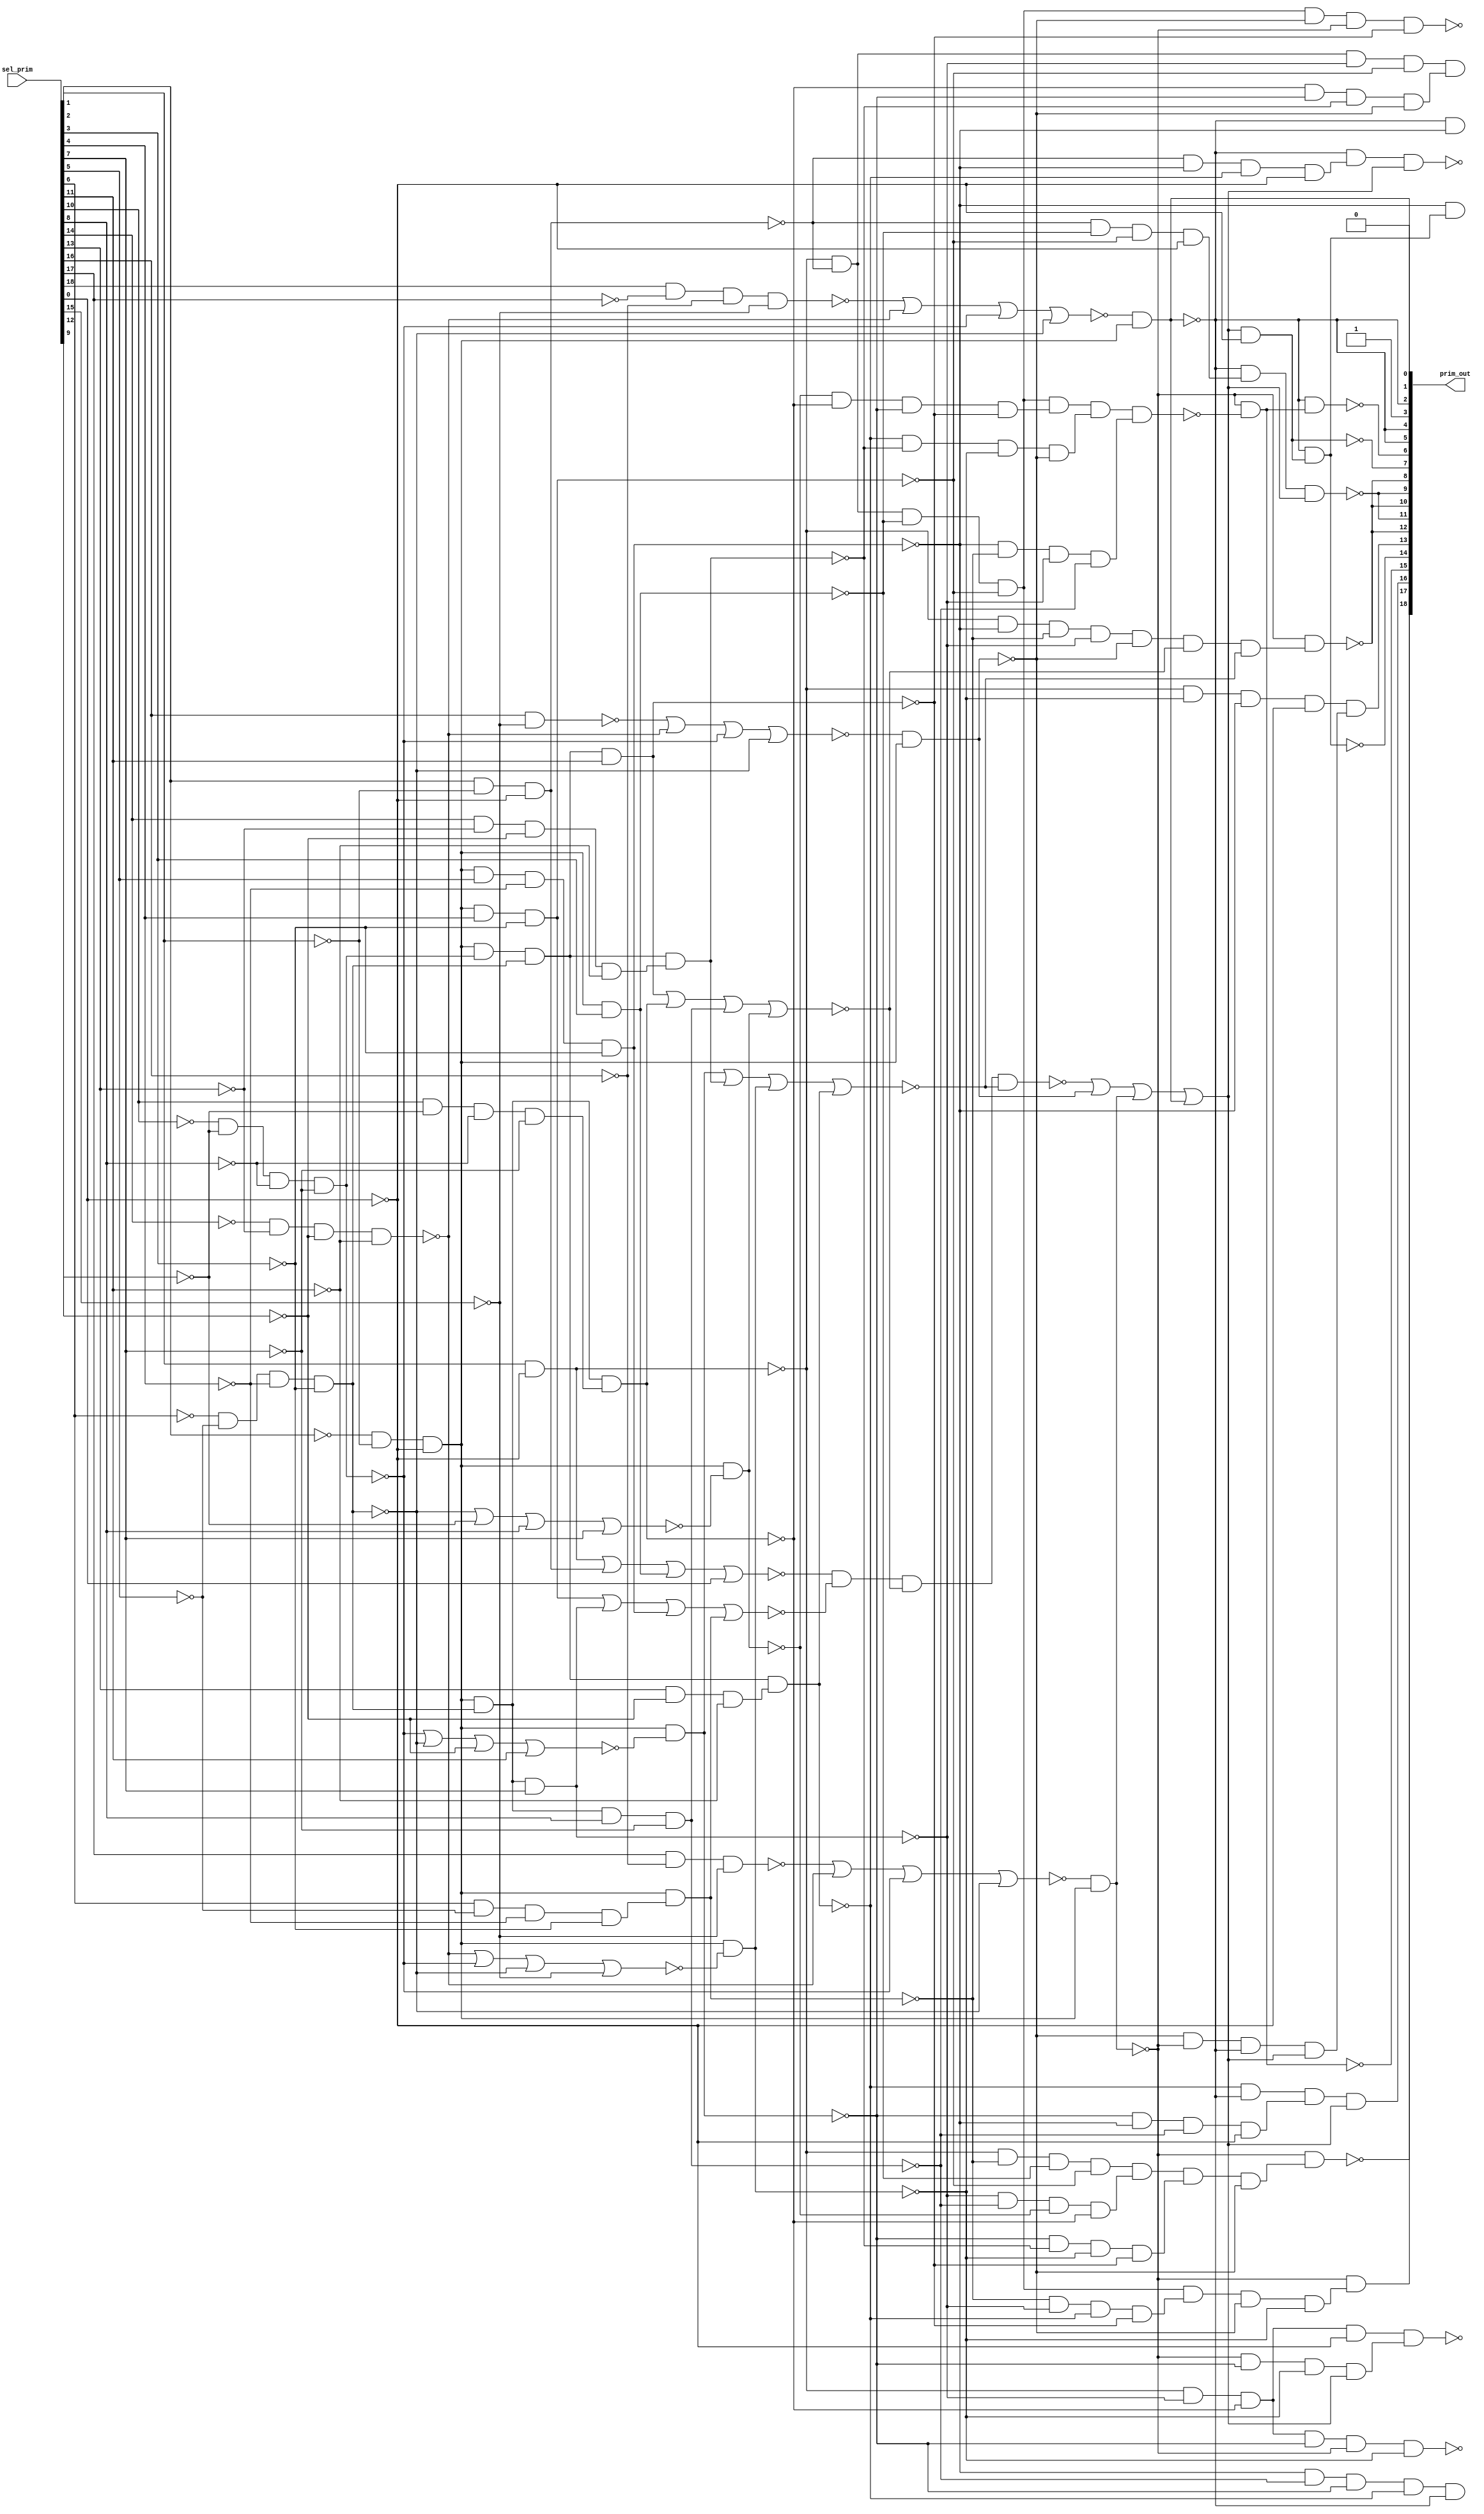

// Generated by Cadence Encounter(R) RTL Compiler RC11.10 - v11.10-p005_1

// Verification Directory fv/top 

module top(prim_out, sel_prim);
  input [18:0] sel_prim;
  output [31:0] prim_out;
  wire [18:0] sel_prim;
  wire [31:0] prim_out;
  wire ctl_sel_prim_412_12_n_205, ctl_sel_prim_412_12_n_308,
       ctl_sel_prim_412_12_n_411, ctl_sel_prim_412_12_n_442,
       ctl_sel_prim_412_12_n_467, ctl_sel_prim_412_12_n_493,
       ctl_sel_prim_412_12_n_538, n_663;
  wire n_678, n_700, n_707, n_717, n_725, n_749, n_855, n_856;
  wire n_863, n_864, n_865, n_866, n_867, n_868, n_869, n_870;
  wire n_871, n_872, n_873, n_874, n_875, n_876, n_877, n_883;
  wire n_884, n_886, n_889, n_890, n_893, n_894, n_895, n_898;
  wire n_901, n_905, n_912, n_913, n_918, n_919, n_1234, n_1256;
  wire n_1259, n_1260, n_1261, n_1262, n_1263, n_1264, n_1265, n_1266;
  wire n_1267, n_1268, n_1269, n_1270, n_1271, n_1272, n_1273, n_1274;
  wire n_1275, n_1276, n_1277, n_1278, n_1279, n_1280, n_1281, n_1282;
  wire n_1283, n_1284, n_1285, n_1286, n_1287, n_1288, n_1289, n_1290;
  wire n_1291, n_1292, n_1293, n_1294, n_1295, n_1296, n_1297, n_1298;
  wire n_1299, n_1300, n_1301, n_1302, n_1303, n_1304, n_1305, n_1306;
  wire n_1307, n_1308, n_1309, n_1310, n_1311, n_1312, n_1313, n_1314;
  wire n_1315, n_1316, n_1317, n_1318, n_1319, n_1320, n_1321, n_1322;
  wire n_1323, n_1324, n_1325, n_1326, n_1327, n_1328, n_1329, n_1330;
  wire n_1331, n_1332, n_1333, n_1334, n_1335, n_1336, n_1337, n_1338;
  wire n_1339, n_1340, n_1341, n_1342, n_1343, n_1344, n_1345, n_1346;
  wire n_1347, n_1348, n_1349, n_1350, n_1351;
  assign prim_out[0] = 1'b0;
  assign prim_out[2] = prim_out[5];
  assign prim_out[3] = 1'b1;
  assign prim_out[4] = prim_out[5];
  assign prim_out[8] = prim_out[12];
  assign prim_out[9] = prim_out[11];
  assign prim_out[10] = prim_out[12];
  assign prim_out[17] = prim_out[25];
  assign prim_out[18] = prim_out[26];
  assign prim_out[22] = prim_out[30];
  assign prim_out[23] = prim_out[31];
  not ctl_sel_prim_412_12_g171 (prim_out[1], prim_out[5]);
  nor ctl_sel_prim_412_12_g150 (ctl_sel_prim_412_12_n_493, n_1277,
       ctl_sel_prim_412_12_n_411, ctl_sel_prim_412_12_n_308,
       ctl_sel_prim_412_12_n_205);
  nand ctl_sel_prim_412_12_g177 (ctl_sel_prim_412_12_n_538, n_1284,
       n_1291, n_883, n_884);
  nor ctl_sel_prim_412_12_g134 (ctl_sel_prim_412_12_n_442, n_1309,
       ctl_sel_prim_412_12_n_411, ctl_sel_prim_412_12_n_308,
       ctl_sel_prim_412_12_n_205);
  nor ctl_sel_prim_412_12_g142 (ctl_sel_prim_412_12_n_467, n_1310,
       ctl_sel_prim_412_12_n_411, ctl_sel_prim_412_12_n_308,
       ctl_sel_prim_412_12_n_205);
  nand g424 (n_886, n_855, n_856, n_873, n_874);
  nand g427 (n_889, n_867, n_868, n_869, n_875);
  nand g428 (n_890, n_870, n_871, n_872, n_876);
  nand g429 (n_678, prim_out[5], n_863);
  nand g431 (n_893, n_855, n_864, n_873, n_874);
  nand g432 (n_894, n_865, n_866, n_867, n_868);
  nand g433 (n_895, n_869, n_871, n_872, n_875);
  nand g436 (n_898, n_864, n_865, n_870, n_875);
  nand g439 (n_901, n_863, n_866, n_869, n_870);
  nand g443 (n_905, n_855, n_865, n_868, n_869);
  nand g450 (n_912, n_863, n_864, n_865, n_866);
  nand g451 (n_913, n_855, n_863, n_864, n_865);
  nand g456 (n_918, n_855, n_856, n_865, n_874);
  nand g457 (n_919, n_868, n_869, n_871, n_876);
  not g687 (prim_out[28], n_678);
  not g688 (prim_out[25], n_700);
  not g689 (prim_out[24], n_707);
  not g691 (prim_out[16], n_725);
  not g692 (prim_out[30], n_663);
  not g694 (prim_out[13], n_749);
  not g695 (prim_out[20], n_717);
  not g961 (n_1259, sel_prim[0]);
  not g962 (n_1260, sel_prim[1]);
  not g963 (n_1261, sel_prim[2]);
  not g964 (n_1262, sel_prim[15]);
  not g965 (n_1263, sel_prim[16]);
  not g966 (n_1264, sel_prim[11]);
  not g967 (n_1265, sel_prim[12]);
  not g968 (n_1266, sel_prim[13]);
  not g969 (n_1267, sel_prim[14]);
  not g970 (n_1268, sel_prim[7]);
  not g971 (n_1269, sel_prim[8]);
  not g972 (n_1270, sel_prim[9]);
  not g973 (n_1271, sel_prim[10]);
  not g974 (n_1272, sel_prim[3]);
  not g975 (n_1273, sel_prim[4]);
  not g976 (n_1274, sel_prim[5]);
  not g977 (n_1275, sel_prim[6]);
  not g978 (n_1276, sel_prim[17]);
  nand g979 (n_1277, sel_prim[18], n_1276, n_1263, n_1262);
  nand g980 (ctl_sel_prim_412_12_n_411, n_1267, n_1266, n_1265, n_1264);
  nand g981 (ctl_sel_prim_412_12_n_308, n_1271, n_1270, n_1269, n_1268);
  not g982 (n_1278, ctl_sel_prim_412_12_n_308);
  nand g983 (ctl_sel_prim_412_12_n_205, n_1275, n_1274, n_1273, n_1272);
  not g984 (n_1279, ctl_sel_prim_412_12_n_205);
  nand g985 (n_1234, n_1261, n_1260, n_1259);
  not g986 (n_1280, n_1234);
  nand g987 (prim_out[5], ctl_sel_prim_412_12_n_493, n_1280);
  nand g988 (n_855, sel_prim[1], n_1259);
  not g989 (n_1281, n_855);
  nand g990 (n_856, sel_prim[2], n_1260, n_1259);
  not g991 (n_1282, n_856);
  nand g992 (n_873, n_1280, sel_prim[3]);
  not g993 (n_1283, n_873);
  nor g994 (n_1284, n_1281, n_1282, n_1283, sel_prim[0]);
  nand g995 (n_874, n_1280, sel_prim[4], n_1272);
  not g996 (n_1285, n_874);
  nand g997 (n_865, n_1280, n_1279, sel_prim[7]);
  not g998 (n_1286, n_865);
  nand g999 (n_863, n_1280, sel_prim[5], n_1273, n_1272);
  not g1000 (n_1287, n_863);
  nand g1001 (n_1288, sel_prim[6], n_1274, n_1273, n_1272);
  not g1002 (n_1289, n_1288);
  nand g1003 (n_864, n_1280, n_1289);
  not g1004 (n_1290, n_864);
  nor g1005 (n_1291, n_1285, n_1286, n_1287, n_1290);
  nand g1006 (n_875, n_1280, n_1278, n_1279, sel_prim[11]);
  not g1007 (n_1292, n_875);
  nand g1008 (n_1293, sel_prim[10], n_1270, n_1269, n_1268);
  not g1009 (n_1294, n_1293);
  nand g1010 (n_868, n_1280, n_1279, n_1294);
  not g1011 (n_1295, n_868);
  nand g1012 (n_866, n_1280, n_1279, sel_prim[8], n_1268);
  not g1013 (n_1296, n_866);
  nor g1014 (n_1297, ctl_sel_prim_412_12_n_205, n_1270, sel_prim[8],
       sel_prim[7]);
  nand g1015 (n_867, n_1280, n_1297);
  not g1016 (n_1298, n_867);
  nor g1017 (n_883, n_1292, n_1295, n_1296, n_1298);
  nor g1018 (n_1299, ctl_sel_prim_412_12_n_308,
       ctl_sel_prim_412_12_n_205, n_1265, sel_prim[11]);
  nand g1019 (n_869, n_1280, n_1299);
  not g1020 (n_1300, n_869);
  nand g1021 (n_1301, sel_prim[14], n_1266, n_1265, n_1264);
  not g1022 (n_1302, n_1301);
  nand g1023 (n_871, n_1280, n_1278, n_1279, n_1302);
  not g1024 (n_1303, n_871);
  nor g1025 (n_1304, ctl_sel_prim_412_12_n_411,
       ctl_sel_prim_412_12_n_308, ctl_sel_prim_412_12_n_205, n_1262);
  nand g1026 (n_872, n_1280, n_1304);
  not g1027 (n_1305, n_872);
  nand g1028 (n_1306, sel_prim[13], n_1265, n_1264);
  not g1029 (n_1307, n_1306);
  nand g1030 (n_870, n_1280, n_1278, n_1279, n_1307);
  not g1031 (n_1308, n_870);
  nor g1032 (n_884, n_1300, n_1303, n_1305, n_1308);
  nand g1033 (n_1309, sel_prim[16], n_1262);
  nand g1034 (n_1310, sel_prim[17], n_1263, n_1262);
  not g1035 (n_1311, n_886);
  not g1036 (n_1312, n_889);
  nand g1037 (n_876, ctl_sel_prim_412_12_n_442, n_1280);
  not g1038 (n_1313, n_876);
  not g1039 (n_1314, n_890);
  not g1040 (n_1315, n_893);
  not g1041 (n_1316, n_894);
  not g1042 (n_1317, n_895);
  not g1043 (n_1318, n_898);
  not g1044 (n_1319, n_901);
  not g1045 (n_1320, n_905);
  not g1046 (n_1321, n_912);
  not g1047 (n_1322, n_913);
  not g1048 (n_1323, n_918);
  not g1049 (n_1324, n_919);
  nand g1050 (n_877, ctl_sel_prim_412_12_n_467, n_1280);
  not g1051 (n_1325, n_877);
  nand g1052 (prim_out[31], n_1311, n_876, n_877, n_875);
  nand g1053 (n_1326, n_1311, n_1318, n_876, n_872);
  not g1054 (n_1327, n_1326);
  nand g1055 (n_700, n_877, n_1327);
  nand g1056 (n_707, n_1319, prim_out[5]);
  nand g1057 (prim_out[21], n_1320, n_877, n_872);
  nand g1058 (n_1328, n_869, n_863, n_866, n_1259);
  not g1059 (n_1329, n_1328);
  nor g1060 (n_1256, ctl_sel_prim_412_12_n_538, n_1313, n_1325,
       prim_out[1]);
  not g1061 (n_1330, n_1256);
  nand g1062 (n_725, n_870, prim_out[5], n_1329, n_1330);
  nand g1063 (n_663, n_1323, n_1324);
  nand g1064 (n_1331, n_855, n_865, n_868, n_1259);
  not g1065 (n_1332, n_1331);
  nand g1066 (n_1333, n_877, n_869, n_872, n_1330);
  not g1067 (n_1334, n_1333);
  nand g1068 (prim_out[29], n_1332, n_1334);
  nand g1069 (n_1335, n_855, n_872, n_863, n_1259);
  not g1070 (n_1336, n_1335);
  nand g1071 (n_1337, n_876, n_877, prim_out[5], n_1330);
  not g1072 (n_1338, n_1337);
  nand g1073 (n_749, n_1336, n_1338);
  nand g1074 (prim_out[7], n_1330, n_1259);
  not g1075 (n_1339, prim_out[7]);
  nand g1076 (prim_out[14], prim_out[5], n_1339);
  not g1077 (n_1340, prim_out[14]);
  nand g1078 (n_717, n_863, n_1340);
  nand g1079 (n_1341, n_856, n_863, n_870, n_1259);
  not g1080 (n_1342, n_1341);
  nand g1081 (n_1343, n_856, n_873, n_874, n_1259);
  not g1082 (n_1344, n_1343);
  nand g1083 (n_1345, n_1315, n_1316, n_1317, n_876);
  not g1084 (n_1346, n_1345);
  and g1085 (n_1347, n_1311, n_1312, n_1314, n_1321);
  not g1086 (n_1348, n_1347);
  nand g1087 (n_1349, n_1322, n_876, n_883, n_884);
  not g1088 (n_1350, n_1349);
  nand g1089 (prim_out[26], n_877, n_1346);
  nand g1090 (prim_out[15], n_877, n_1348);
  not g1091 (n_1351, prim_out[15]);
  nand g1092 (prim_out[12], n_877, n_1350);
  nand g1093 (prim_out[27], prim_out[5], n_1342, n_1330);
  nand g1094 (prim_out[11], prim_out[5], n_1344, n_1330);
  nand g1095 (prim_out[6], prim_out[5], n_1351);
endmodule